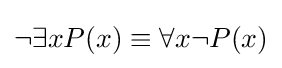
\neg \exists xP(x)\equiv \forall x\neg P(x)